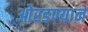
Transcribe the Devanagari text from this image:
ओरडण्याने